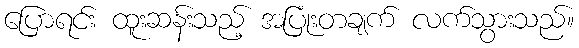
ပြောရင်း ထူးဆန်းသည့် အပြုံးတချက် လက်သွားသည်။